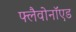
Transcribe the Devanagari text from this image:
फ्लैवोनॉएड